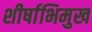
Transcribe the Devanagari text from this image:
शीर्षाभिमुख